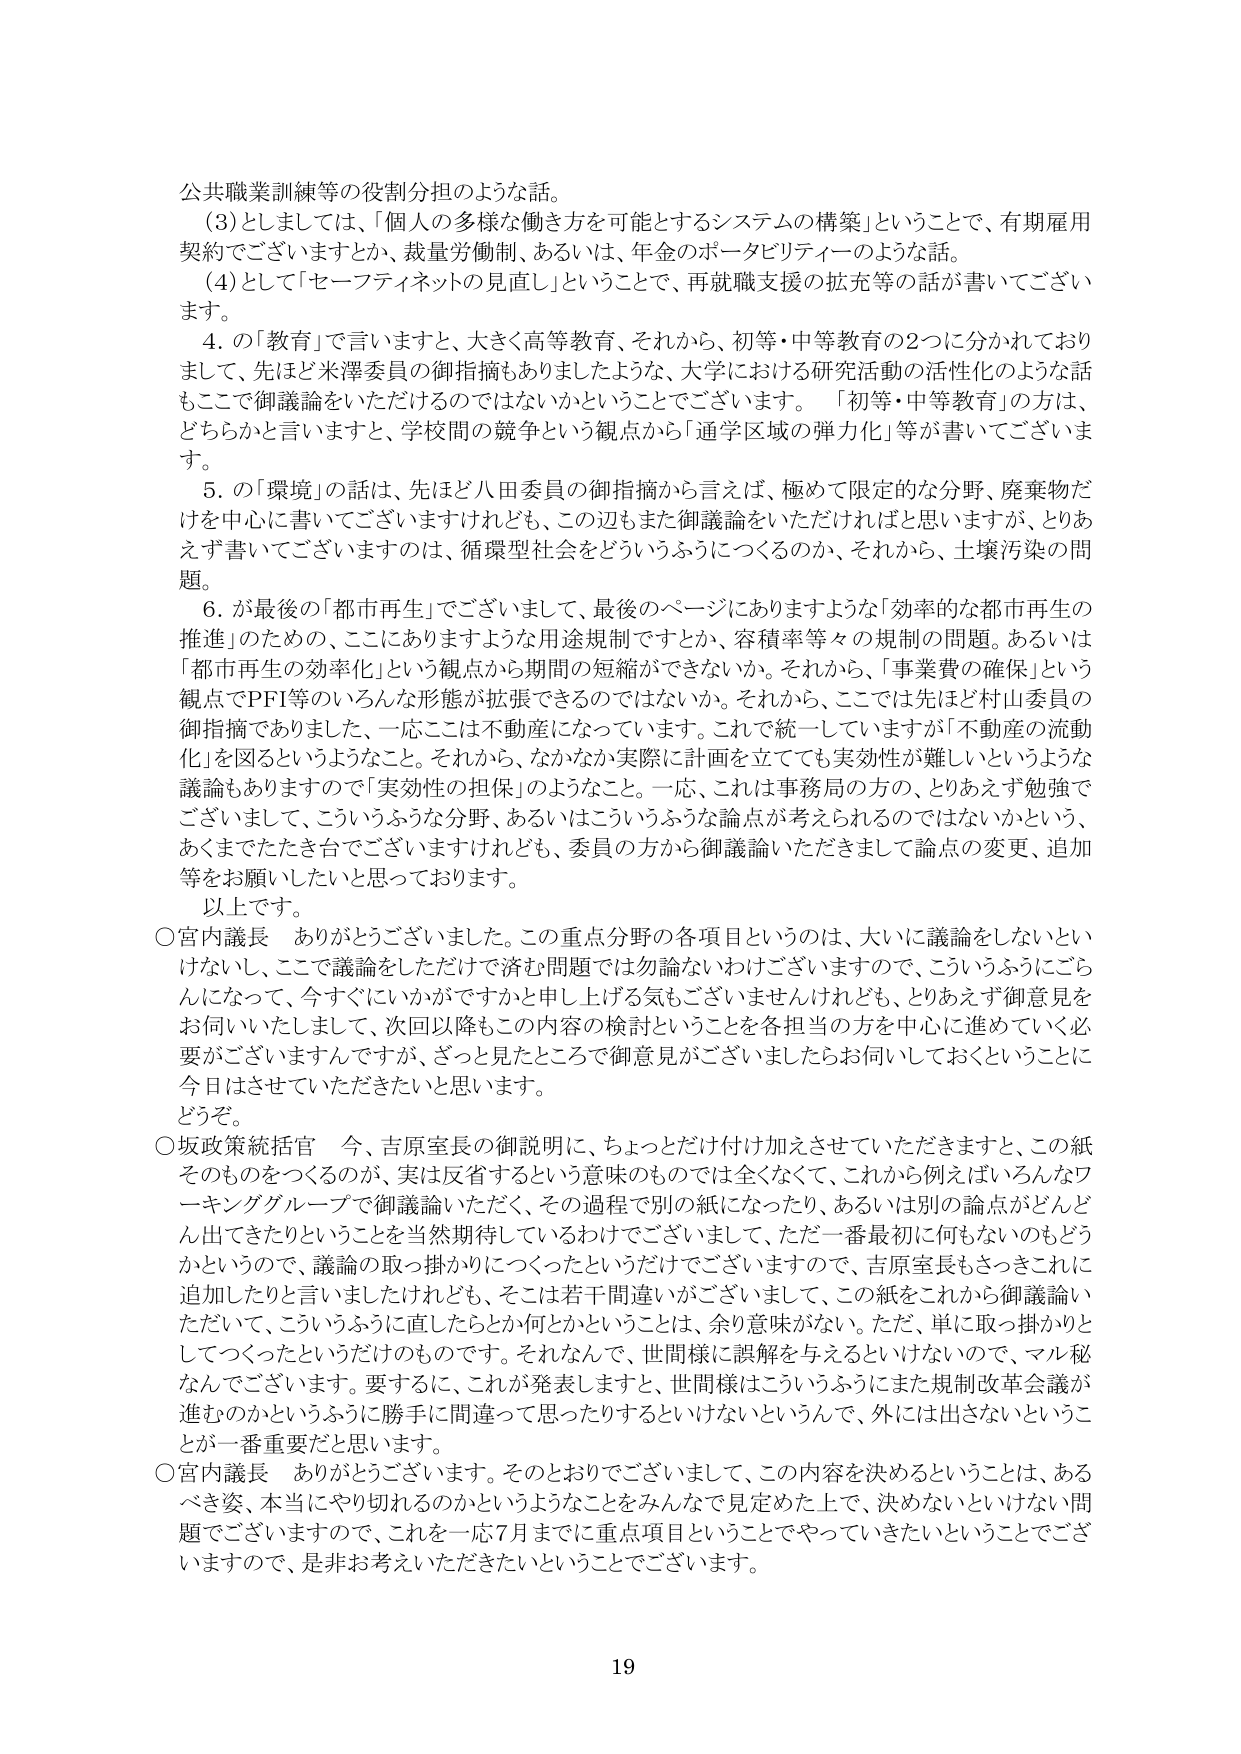
公共職業訓練等の役割分担のような話。

（3）としましては、「個人の多様な働き方を可能とするシステムの構築」ということで、有期雇用契約でございますとか、裁量労働制、あるいは、年金のポータビリティーのような話。

（4）として「セーフティネットの見直し」ということで、再就職支援の拡充等の話が書いてございます。

4．の「教育」で言いますと、大きく高等教育、それから、初等・中等教育の2つに分かれておりまして、先ほど米澤委員の御指摘もありましたような、大学における研究活動の活性化のような話もここで御議論をいただけるのではないかということでございます。「初等・中等教育」の方は、どちらかと言いますと、学校間の競争という観点から「通学区域の弾力化」等が書いてございます。

5．の「環境」の話は、先ほど八田委員の御指摘から言えば、極めて限定的な分野、廃棄物だけを中心に書いてございますけれども、この辺もまた御議論をいただければと思いますが、とりあえず書いてございますのは、循環型社会をどういうふうにつくるのか、それから、土壌汚染の問題。

6．が最後の「都市再生」でございまして、最後のページにありますような「効率的な都市再生の推進」のための、ここにありますような用途規制ですとか、容積率等々の規制の問題。あるいは「都市再生の効率化」という観点から期間の短縮ができないか。それから、ここでは先ほど村山委員の御指摘でありました、一応ここは不動産になっています。これで統一していますが「不動産の流動化」を図るというようなこと。それから、なかなか実際に計画を立てても実効性が難しいというような議論もありますので「実効性の担保」のようなこと。一応、これは事務局の方の、とりあえず勉強でございまして、こういうふうな分野、あるいはこういうふうな論点が考えられるのではないかという、あくまでたたき台でございますけれども、委員の方から御議論いただきまして論点の変更、追加等をお願いしたいと思っております。

以上です。

○宮内議長　ありがとうございました。この重点分野の各項目というのは、大いに議論をしないといけないし、ここで議論をしただけで済む問題では勿論ないわけございますので、こういうふうにごらんになって、今すぐにいかがですかと申し上げる気もございませんけれども、とりあえず御意見をお伺いいたしまして、次回以降もこの内容の検討ということを各担当の方を中心に進めていく必要がございますんですが、ざっと見たところで御意見がございましたらお伺いしておくということに今日はさせていただきたいと思います。

○坂政策統括官　今、吉原室長の御説明に、ちょっとだけ付け加えさせていただきますと、この紙そのものをつくるのが、実は反省するという意味のものでは全くなくて、これから例えばいろんなワーキンググループで御議論いただく、その過程で別の紙になったり、あるいは別の論点がどんどん出てきたりということを当然期待しているわけでございまして、ただ一番最初に何もないのもどうかというので、議論の取っ掛かりにつくったというだけでございますので、吉原室長もさっきこれに追加したりと言いましたけれども、そこは若干間違いがございまして、この紙をこれから御議論いただいて、こういうふうに直したらとか何とかということは、余り意味がない。ただ、単に取っ掛かりとしてつくったというだけのものです。それなんで、世間様に誤解を与えるといけないので、マル秘なんでございます。要するに、これが発表しますと、世間様はこういうふうにまた規制改革会議が進むのかというふうに勝手に間違って思ったりするといけないというんで、外には出さないということが一番重要だと思います。

○宮内議長　ありがとうございます。そのとおりでございまして、この内容を決めるということは、あるべき姿、本当にやり切れるのかというようなことをみんなで見定めた上で、決めないといけない問題でございますので、これを一応7月までに重点項目ということでやっていきたいということでございますので、是非お考えいただきたいということでございます。

19